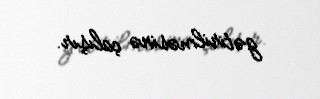
gətirilməsinə çalışır.